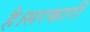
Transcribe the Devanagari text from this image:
है।सरकारी